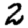
Digit: 2